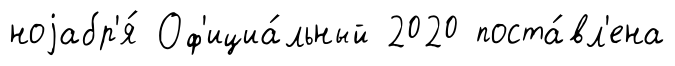
ноjабр'я́ Оф'ициа́льный 2020 поста́вл'ена